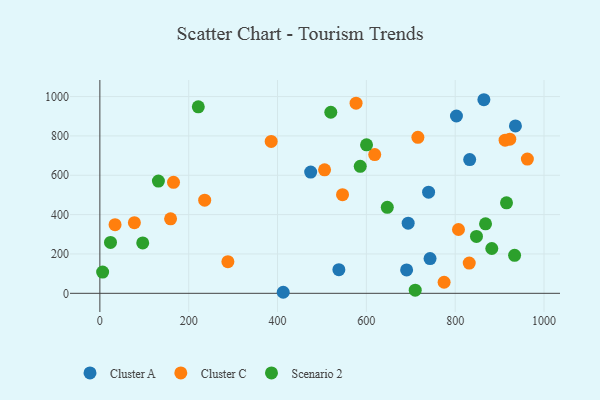
{"axis": {"x": "Investment", "y": "Sales"}, "legend": ["Cluster A", "Cluster C", "Scenario 2"], "data": [{"x": "412.8", "y": 5.3, "type": "Cluster A"}, {"x": "474.6", "y": 616.3, "type": "Cluster A"}, {"x": "935.6", "y": 850.8, "type": "Cluster A"}, {"x": "694.1", "y": 356.3, "type": "Cluster A"}, {"x": "538.1", "y": 120.0, "type": "Cluster A"}, {"x": "802.8", "y": 901.3, "type": "Cluster A"}, {"x": "743.4", "y": 176.8, "type": "Cluster A"}, {"x": "740.1", "y": 513.9, "type": "Cluster A"}, {"x": "864.6", "y": 983.9, "type": "Cluster A"}, {"x": "690.6", "y": 118.9, "type": "Cluster A"}, {"x": "832.6", "y": 679.8, "type": "Cluster A"}, {"x": "505.9", "y": 627.7, "type": "Cluster C"}, {"x": "385.7", "y": 771.9, "type": "Cluster C"}, {"x": "576.8", "y": 966.5, "type": "Cluster C"}, {"x": "165.8", "y": 564.3, "type": "Cluster C"}, {"x": "159.2", "y": 378.7, "type": "Cluster C"}, {"x": "34.2", "y": 348.8, "type": "Cluster C"}, {"x": "807.4", "y": 324.4, "type": "Cluster C"}, {"x": "912.3", "y": 778.2, "type": "Cluster C"}, {"x": "546.3", "y": 501.4, "type": "Cluster C"}, {"x": "831.6", "y": 153.5, "type": "Cluster C"}, {"x": "77.7", "y": 359.1, "type": "Cluster C"}, {"x": "922.9", "y": 783.2, "type": "Cluster C"}, {"x": "618.8", "y": 705.1, "type": "Cluster C"}, {"x": "288.2", "y": 160.6, "type": "Cluster C"}, {"x": "962.5", "y": 682.5, "type": "Cluster C"}, {"x": "236.0", "y": 473.5, "type": "Cluster C"}, {"x": "716.0", "y": 792.6, "type": "Cluster C"}, {"x": "775.0", "y": 56.3, "type": "Cluster C"}, {"x": "519.9", "y": 920.2, "type": "Scenario 2"}, {"x": "23.9", "y": 258.7, "type": "Scenario 2"}, {"x": "882.4", "y": 227.9, "type": "Scenario 2"}, {"x": "586.2", "y": 645.5, "type": "Scenario 2"}, {"x": "933.7", "y": 193.1, "type": "Scenario 2"}, {"x": "96.5", "y": 256.0, "type": "Scenario 2"}, {"x": "847.9", "y": 289.3, "type": "Scenario 2"}, {"x": "647.1", "y": 437.0, "type": "Scenario 2"}, {"x": "6.2", "y": 107.8, "type": "Scenario 2"}, {"x": "131.8", "y": 570.4, "type": "Scenario 2"}, {"x": "221.6", "y": 947.9, "type": "Scenario 2"}, {"x": "915.5", "y": 460.0, "type": "Scenario 2"}, {"x": "868.3", "y": 353.1, "type": "Scenario 2"}, {"x": "710.0", "y": 15.8, "type": "Scenario 2"}, {"x": "600.4", "y": 754.5, "type": "Scenario 2"}]}